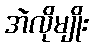
အဲလိုမျိုး